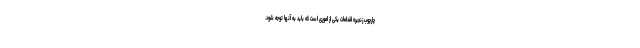
چارچوب زنجیره اقدامات یکی از اموری است که باید به آنها توجه شود.